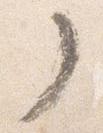
了